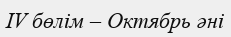
IV бөлім – Октябрь әні